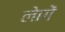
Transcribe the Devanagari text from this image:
लेागें